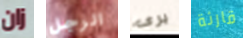
زان الرجل يرى قارئة